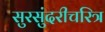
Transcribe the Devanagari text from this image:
सुरसुंदरीचरित्र